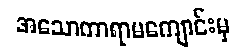
အသောကာရာမကျောင်းမှ